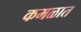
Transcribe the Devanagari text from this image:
कमळात